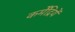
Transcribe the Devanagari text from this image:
कर्मेंद्रियें